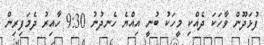
ފުޅަދޫން ވާހަކަ ދެއްކި މީހަކު ބުނީ އިއްޔެ ހެނދުނު 9:30 ހާއިރު ދެމަފިރިން